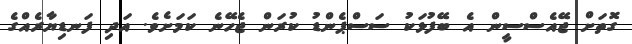
ގޮތަށް ޖޭއެސްސީން އެ ބޭފުޅަކު ސަސްޕެންޑު ކުރަން ޖެހޭނެ ކަމަށެވެ. އަދި ފަނޑިޔާރެއްގެ